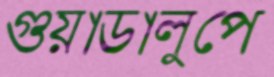
গুয়াডালুপে